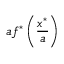
a f ^ { * } \left( { \frac { x ^ { * } } { a } } \right)